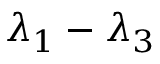
\lambda _ { 1 } - \lambda _ { 3 }